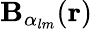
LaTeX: \mathbf{B}_{\alpha_{lm}}(\mathbf{r})